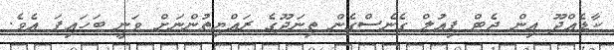
ކާޑެއްދޫ އިން ޖެޓް ފިއުލް ގެނެސްގެން ތިނަދޫގެ ރައްޔިތުންނަށް ވަނީ ބަހައިފަ އެވެ.